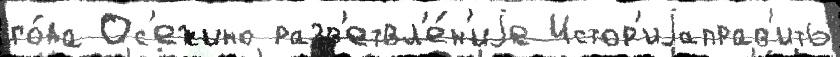
го́да Ос'ежино разв'етвл'е́н'иjе Истор'иjаправ'ить